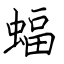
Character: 蝠